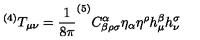
^ { ( 4 ) } T _ { \mu \nu } = \frac { 1 } { 8 \pi } ^ { ( 5 ) } C _ { \beta \rho \sigma } ^ { \alpha } \eta _ { \alpha } \eta ^ { \rho } h _ { \mu } ^ { \beta } h _ { \nu } ^ { \sigma }